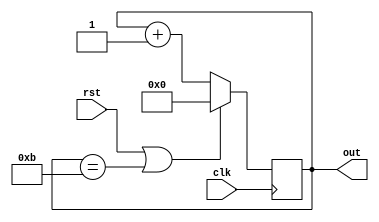
module mod12upcounter(out,rst,clk);
output [3:0]out;
input rst,clk;
reg [3:0]out;
always @(posedge clk)
begin
if(rst|out==4'b1011)
out<=4'b0000;
else
out<=out+1;
end
endmodule